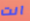
انت